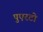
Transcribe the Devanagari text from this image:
पुएरटो